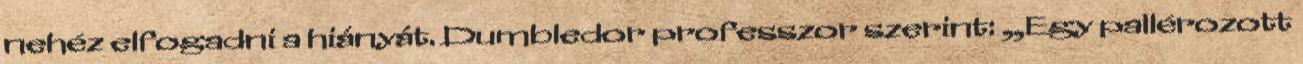
nehéz elfogadni a hiányát. Dumbledor professzor szerint: „Egy pallérozott